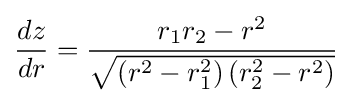
{\frac {dz}{dr}}={\frac {r_{1}r_{2}-r^{2}}{\sqrt {\left(r^{2}-r_{1}^{2}\right)\left(r_{2}^{2}-r^{2}\right)}}}